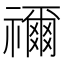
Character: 禰